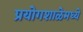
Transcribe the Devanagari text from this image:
प्रयोगशाळेमध्ये